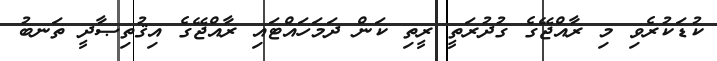
ކުޑަކުރެވި މި ރާއްޖޭގެ ގުދުރަތީ ރީތި ކަން ދަމަހައްޓައި ރާއްޖޭގެ އިޤުތިޞާދީ ތަނބު